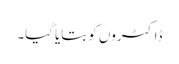
ڈاکٹروں کو بتایا گیا۔